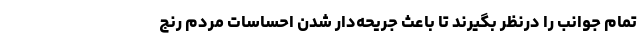
تمام جوانب را درنظر بگیرند تا باعث جریحه‌دار شدن احساسات مردم رنج